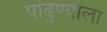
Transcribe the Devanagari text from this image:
पांढुर्ण्याला